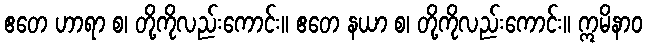
ဧတေ ဟာရာ စ၊ တို့ကိုလည်းကောင်း။ ဧတေ နယာ စ၊ တို့ကိုလည်းကောင်း။ ဣမိနာဝ